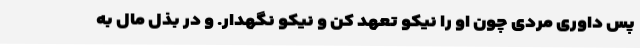
پس داوری مردی چون او را نیکو تعهد کن و نیکو نگهدار. و در بذل مال به